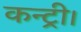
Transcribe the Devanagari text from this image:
कन्ट्री।